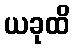
ယခုထိ